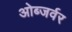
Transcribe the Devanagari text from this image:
ओब्जर्वर